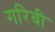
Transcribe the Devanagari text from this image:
गरिवी